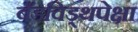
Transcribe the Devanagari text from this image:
बँडविड्थपेक्षा